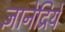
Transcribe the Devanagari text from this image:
ज्ञानेद्रियें